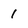
Character: 1